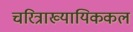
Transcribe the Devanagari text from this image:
चरित्राख्यायिककल